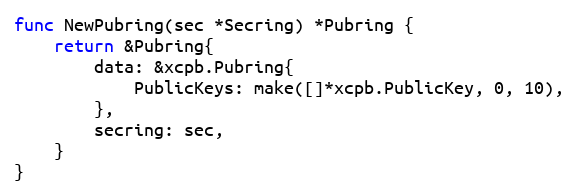
Language: Go
func NewPubring(sec *Secring) *Pubring {
	return &Pubring{
		data: &xcpb.Pubring{
			PublicKeys: make([]*xcpb.PublicKey, 0, 10),
		},
		secring: sec,
	}
}